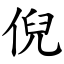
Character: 倪